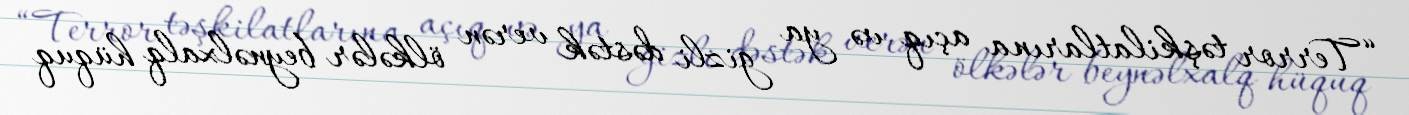
“Terror təşkilatlarına açıq və ya gizli dəstək verən ölkələr beynəlxalq hüquq